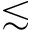
\lesssim